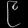
Digit: ၉